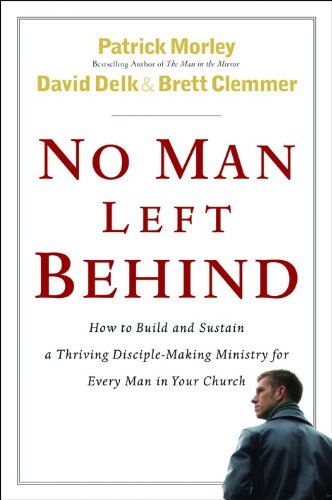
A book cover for No Man Left Behind: How to Build and Sustain a Thriving, Disciple-Making Ministry for Every Man in Your Church; Patrick Morley; Christian Books & Bibles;